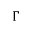
\Gamma